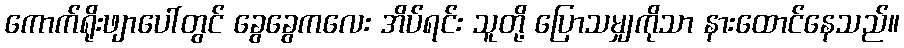
ကောက်ရိုးဖျာပေါ်တွင် ခွေခွေကလေး အိပ်ရင်း သူတို့ ပြောသမျှကိုသာ နားထောင်နေသည်။